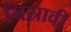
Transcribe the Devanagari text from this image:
निस्रावी